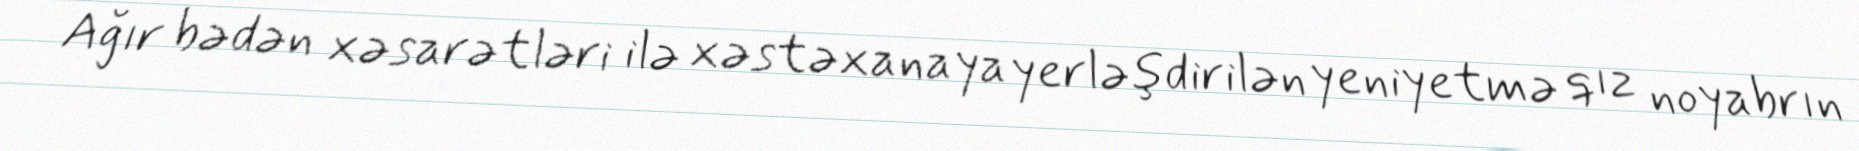
Ağır bədən xəsarətləri ilə xəstəxanaya yerləşdirilən yeniyetmə qız noyabrın